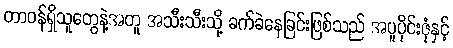
တာဝန်ရှိသူတွေနဲ့အတူ အသီးသီးသို့ ခက်ခဲနေခြင်းဖြစ်သည် အပူပိုင်းဇုံနှင့်